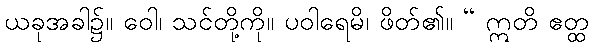
ယခုအခါ၌။ ဝေါ၊ သင်တို့ကို။ ပဝါရေမိ၊ ဖိတ်၏။ “ ဣတိ ဧတ္ထ